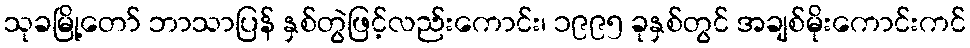
သုခမြို့တော် ဘာသာပြန် နှစ်တွဲဖြင့်လည်းကောင်း၊ ၁၉၉၅ ခုနှစ်တွင် အချစ်မိုးကောင်းကင်